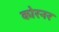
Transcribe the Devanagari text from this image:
कोरनर